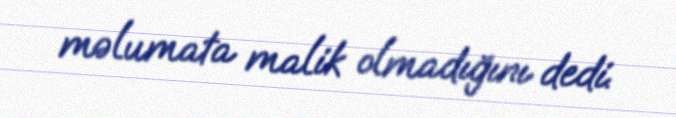
məlumata malik olmadığını dedi.